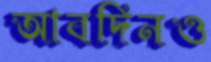
আবদিনও